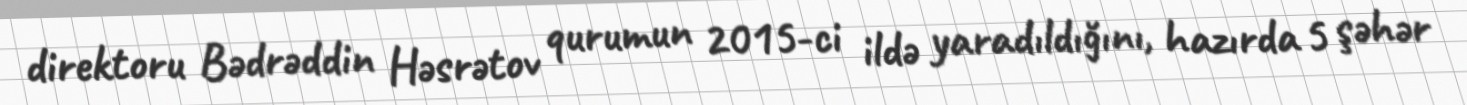
direktoru Bədrəddin Həsrətov qurumun 2015-ci ildə yaradıldığını, hazırda 5 şəhər